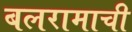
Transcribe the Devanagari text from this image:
बलरामाची